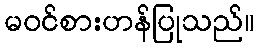
မဝင်စားဟန်ပြုသည်။